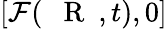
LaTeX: [{\cal F}(\mathrm{~{~\mathbf~R~}~},t),0]